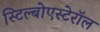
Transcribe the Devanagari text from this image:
स्टिल्बोएस्टेरॉल